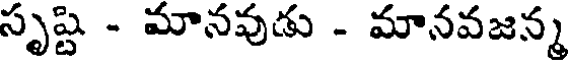
సృష్టి - మానవుడు - మానవజన్మ